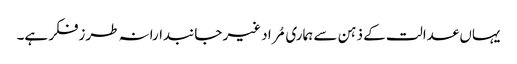
یہاں عدالت کے ذہن سے ہماری مُراد غیر جانبدارانہ طرزفکر ہے۔